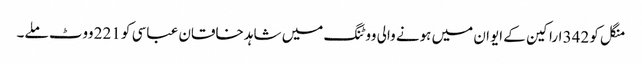
منگل کو 342 اراکین کے ایوان میں ہونے والی ووٹنگ میں شاہد خاقان عباسی کو 221 ووٹ ملے۔